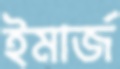
ইমার্জ